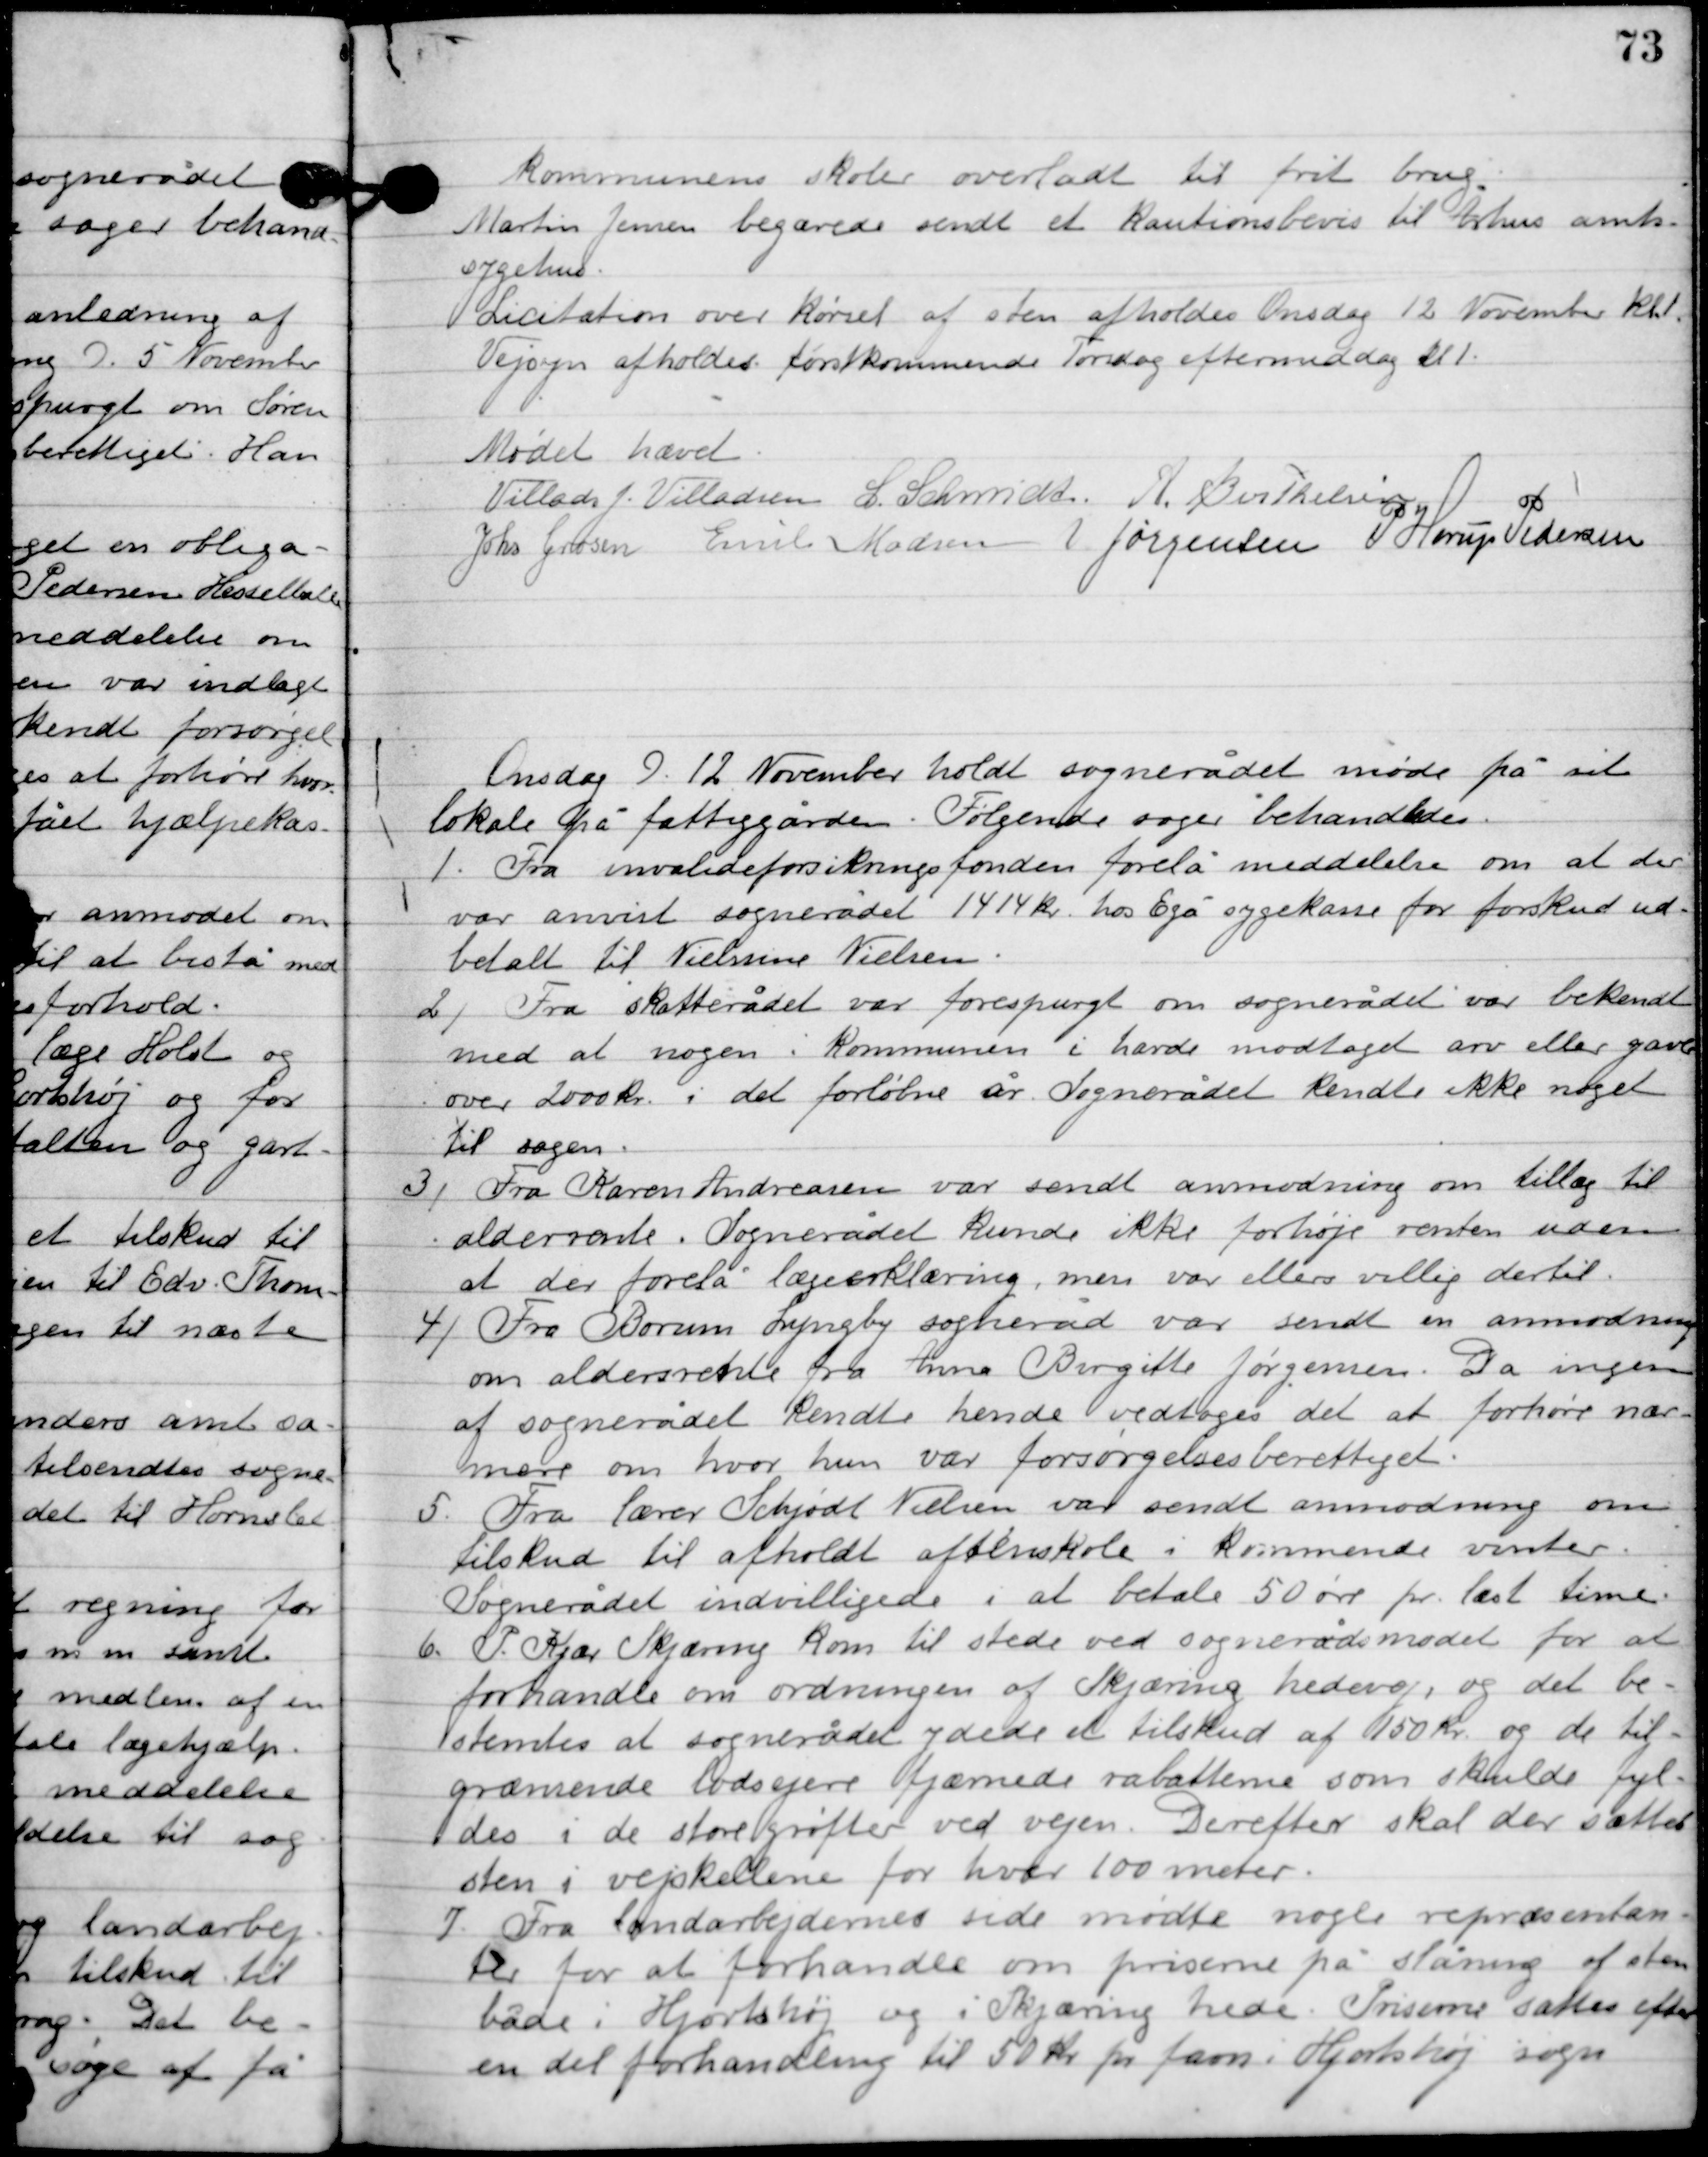
Transskription:
kommunes skoler overladt til frit brug.
 Martin Jensen begærede sendt et kautionsbevis til Århus
sygehus.
Licitation over kørsel af sten afholdtes Onsdag 12. November.
Vejsyn afholder førstkommende Torsdag eftermiddag kl. 1.

Mødet hævet

Villads J. Villadsen
l. Schmidt
A. Berthelsen
Johs. Grosen
Emil Madsen
N. Jørgensen
P. Horup Pedersen

Mandag D. 12. November holdt sognerådet møde på sit
 lokale på fattiggården. Følgende sager behandledes.

1

Fra invalideforsikrings fonden forelå meddelelse om at der
var anvist sognerådet 1414 kr. hos Egå sygekasse for forskud ud-
betalt til Nielsine Nielsen.

2

Fra skatterådet var forespurgt om sognerådet var bekendt
med at nogen i kommunen i havde modtaget arv eller gaver
over 2000 kr. i det forløbne år. Sognerådet kendte ikke noget
til sagen.

3

Fra Karen Andreasen var sendt anmodning om tillæg til
aldersrente. Sognerådet kunde ikke forhøje renten uden
at der forelå lægeerklæring, men var ellers villig dertil.

4

Fra Borum Lyngby sogneråd var sendt en anmodning
om aldersrente for Anne Birgitte Jørgensen. Da ingen
af sognerådet kendte hende vedtoges det at forhøre nær-
mere om hvor hun var forsørgelsesberettiget.

5

Fra lærer Schjødt Nielsen var sendt anmodning om
tilskud til afholdt aftenskole i kommende vinter.
Sognerådet indvilligede i at betale 50 øre pr. læst time.

6

P. Kjær Skjæring kom til stede ved sognerådsmødet for at
forhandle om ordningen af Skjæring hedevej, og det be-
stemtes at sognerådet ydede et tilskud af 150 kr. og de til-
grænsende lodsejere fjærnede rabatterne som skulde fyl-
des i de store grøfter ved vejen. Derefter skal der sættes
sten i vejskellene for vær 100 meter.

7

Fra landarbejdernes side mødte nogle repræsentan-
ter for at forhandle om priserne på slåning af sten
både i Hjortshøj og i Skjæring hede. Priserne sattes efter
en del forhandling til 50 kr. pr. favn i Hjortshøj sogn